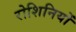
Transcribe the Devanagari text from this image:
रोशिनियों